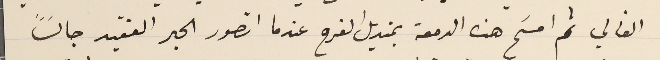
الغالي ثم امسَح هذه الدمعة بمنديل الفرح عندما اتصور الحبر الفقيد جالساً